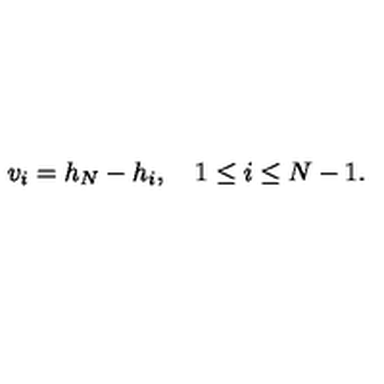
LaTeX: v _ { i } = h _ { N } - h _ { i } , \quad 1 \leq i \leq N - 1 .